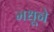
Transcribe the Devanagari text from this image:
मधूने